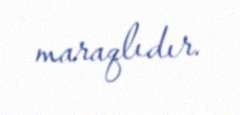
maraqlıdır.